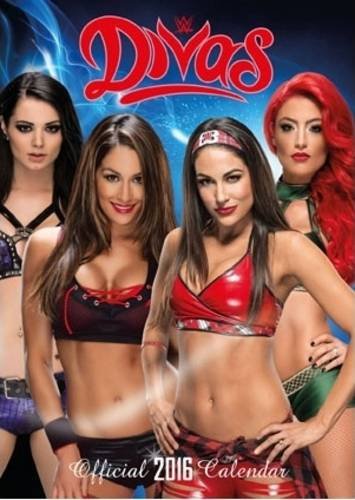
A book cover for The Official World Wrestling Divas 2016 A3 Calendar; Calendars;